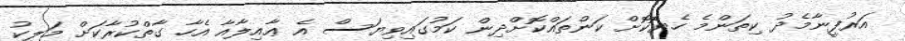
އަރުފީނާމެދު ކިތަންމެ ހެޔޮކޮށް ކަންތައްކޮށްދިން ކަމުގައިވިޔަސް އެ ޢާއިލާއާ އެހާ ގާތްކުރާކަށް މަލީކު